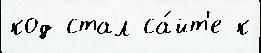
код стал са́йт'е к